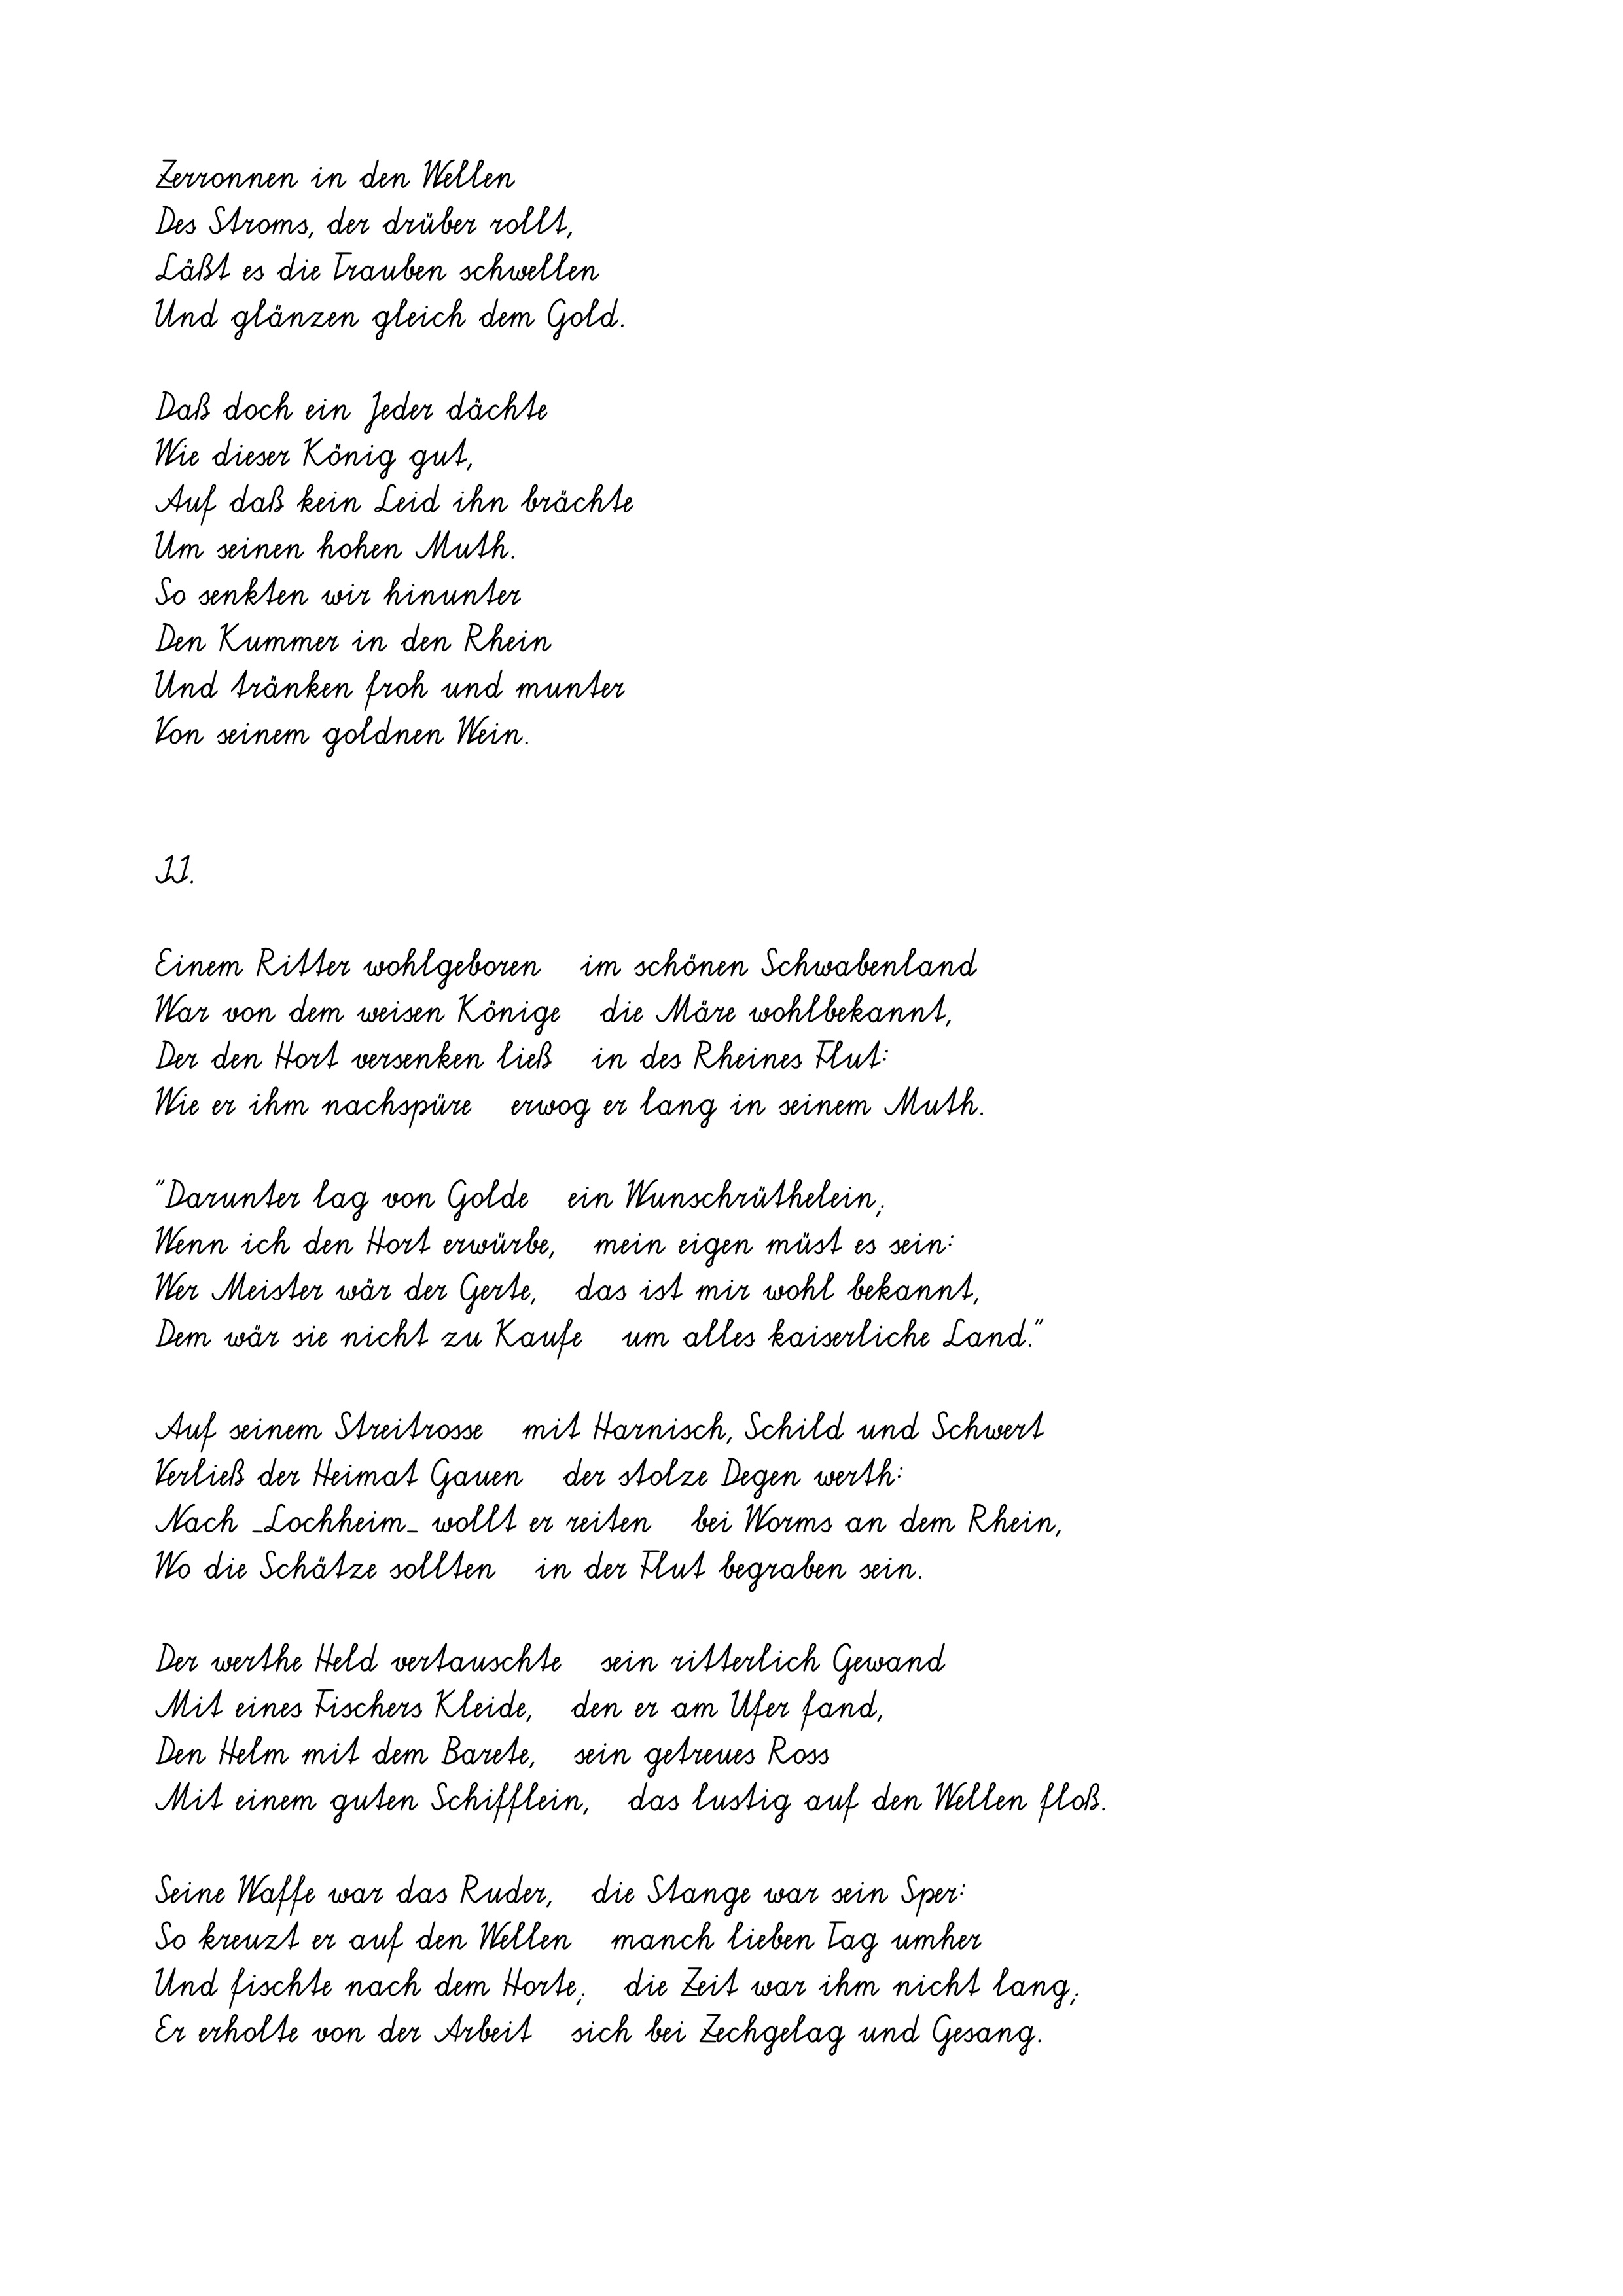
Zerronnen in den Wellen
Des Stroms, der drüber rollt,
Läßt es die Trauben schwellen
Und glänzen gleich dem Gold.
Daß doch ein Jeder dächte
Wie dieser König gut,
Auf daß kein Leid ihn brächte
Um seinen hohen Muth.
So senkten wir hinunter
Den Kummer in den Rhein
Und tränken froh und munter
Von seinem goldnen Wein.
II.
Einem Ritter wohlgeboren   im schönen Schwabenland
War von dem weisen Könige   die Märe wohlbekannt,
Der den Hort versenken ließ   in des Rheines Flut:
Wie er ihm nachspüre   erwog er lang in seinem Muth.
"Darunter lag von Golde   ein Wunschrüthelein;
Wenn ich den Hort erwürbe,   mein eigen müst es sein:
Wer Meister wär der Gerte,   das ist mir wohl bekannt,
Dem wär sie nicht zu Kaufe   um alles kaiserliche Land."
Auf seinem Streitrosse   mit Harnisch, Schild und Schwert
Verließ der Heimat Gauen   der stolze Degen werth:
Nach _Lochheim_ wollt er reiten   bei Worms an dem Rhein,
Wo die Schätze sollten   in der Flut begraben sein.
Der werthe Held vertauschte   sein ritterlich Gewand
Mit eines Fischers Kleide,   den er am Ufer fand,
Den Helm mit dem Barete,   sein getreues Ross
Mit einem guten Schifflein,   das lustig auf den Wellen floß.
Seine Waffe war das Ruder,   die Stange war sein Sper:
So kreuzt er auf den Wellen   manch lieben Tag umher
Und fischte nach dem Horte;   die Zeit war ihm nicht lang;
Er erholte von der Arbeit   sich bei Zechgelag und Gesang.